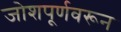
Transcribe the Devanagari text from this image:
जोशपूर्णवरून